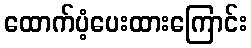
ထောက်ပံ့ပေးထားကြောင်း